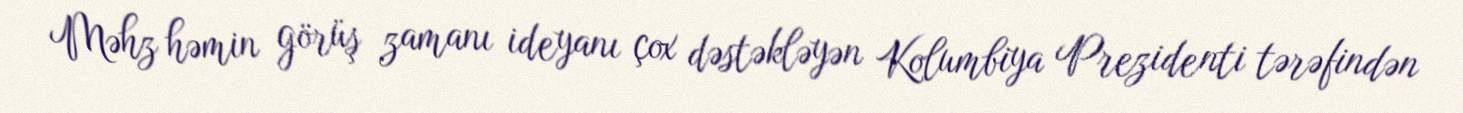
Məhz həmin görüş zamanı ideyanı çox dəstəkləyən Kolumbiya Prezidenti tərəfindən